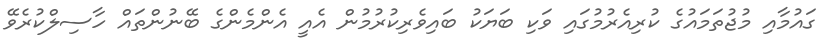
ގައުމާއި މުޖުތަމައުގެ ކުރިއެރުމުގައި ވަކި ބަޔަކު ބައިވެރިކުރުމުން އެއީ އެންމެންގެ ބޭނުންތައް ހާސިލްކުރެވޭ